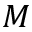
M